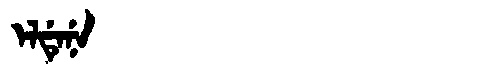
Manchu: ᡝᠯᡩᡝᠨᡝ
Romanization: ELDENE